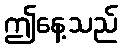
ဤနေ့သည်